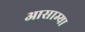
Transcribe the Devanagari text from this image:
आसाम्या